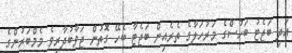
އަދި ބަޖެޓު ބަހުސްގެ މަރުހަލާގެ ތެރެއިން ބަޖެޓާ ބެހޭ ގޮތުން ޖަވާބުދާރީވެ މެމްބަރުންގެ